Civil Veterinary Dept. North-West Frontier Province 1901-22 - 1901-1922
Year: 1901
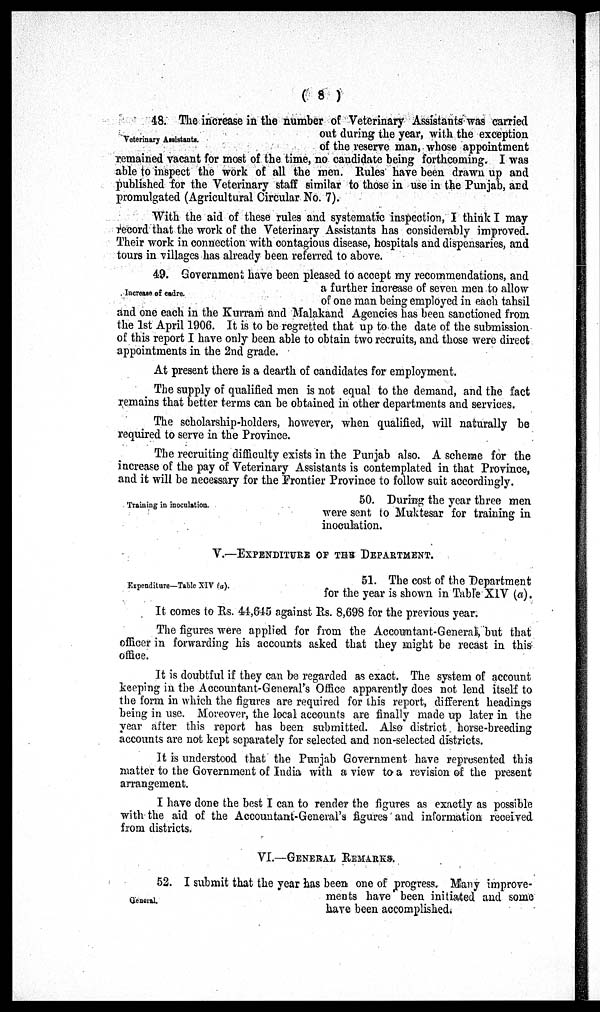
( 8 )
Veterinary Assistants.
48. The increase in the number of Veterinary Assistants was carried
out during the year, with the exception
of the reserve man, whose appointment
remained vacant for most of the time, no candidate being forthcoming. I was
able to inspect the work of all the men. Rules have been drawn up and
published for the Veterinary staff similar to those in use in the Punjab, and
promulgated (Agricultural Circular No. 7).
With the aid of these rules and systematic inspection, I think I may
record that the work of the Veterinary Assistants has considerably improved.
Their work in connection with contagious disease, hospitals and dispensaries, and
tours in villages has already been referred to above.
Incrcase of cadre.
49. Government have been pleased to accept my recommendations, and
a further increase of seven men to allow
of one man being employed in each tahsil
and one each in the Kurram and Malakand Agencies has been sanctioned from
the 1st April 1906. It is to be regretted that up to the date of the submission
of this report I have only been able to obtain two recruits, and those were direct
appointments in the 2nd grade.
At present there is a dearth of candidates for employment.
The supply of qualified men is not equal to the demand, and the fact
remains that better terms can be obtained in other departments and services.
The scholarship-holders, however, when qualified, will naturally be
required to serve in the Province.
The recruiting difficulty exists in the Punjab also. A scheme for the
increase of the pay of Veterinary Assistants is contemplated in that Province,
and it will be necessary for the Frontier Province to follow suit accordingly.
Training in inoculation.
50. During the year three men
were sent to Muktesar for training in
inoculation.
V.—EXPENDITURE OF THE DEPARTMENT.
Expenditure—Table XIV (a).
51. The cost of the Department
for the year is shown in Table XIV (a).
It comes to Rs. 44,645 against Rs. 8,698 for the previous year.
The figures were applied for from the Accountant-General, but that
officer in forwarding his accounts asked that they might be recast in this
office.
It is doubtful if they can be regarded as exact. The system of account
keeping in the Accountant-General's Office apparently does not lend itself to
the form in which the figures are required for this report, different headings
being in use. Moreover, the local accounts are finally made up later in the
year after this report has been submitted. Also district horse-breeding
accounts are not kept separately for selected and non-selected districts.
It is understood that the Punjab Government have represented this
matter to the Government of India with a view to a revision of the present
arrangement.
I have done the best I can to render the figures as exactly as possible
with the aid of the Accountant-General's figures and information received
from districts.
VI.—GENERAL REMARKS.
General.
52. I submit that the year has been one of progress. Many improve-
ments have been initiated and some
have been accomplished.